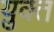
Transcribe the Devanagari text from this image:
य़ुक्त